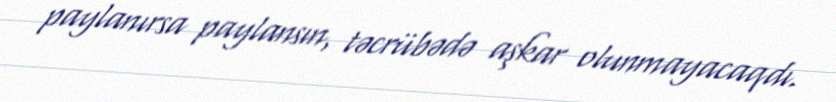
paylanırsa paylansın, təcrübədə aşkar olunmayacaqdı.